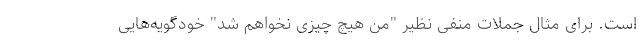
است. برای مثال جملات منفی نظیر "من هیچ چیزی نخواهم شد" خودگویه‌هایی